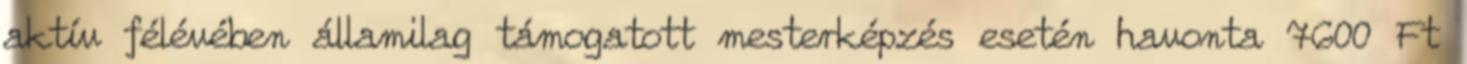
aktív félévében államilag támogatott mesterképzés esetén havonta 7600 Ft